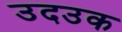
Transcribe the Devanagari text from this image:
उदउक